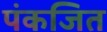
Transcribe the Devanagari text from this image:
पंकजित